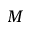
M